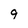
Character: 9